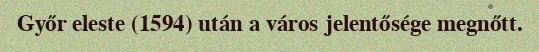
Győr eleste (1594) után a város jelentősége megnőtt.